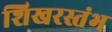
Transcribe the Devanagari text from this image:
शिखरस्तंभ